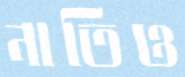
নাতিও